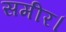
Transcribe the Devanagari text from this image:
समीर।